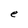
Character: e